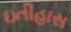
ઇતીહાસ